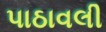
પાઠાવલી